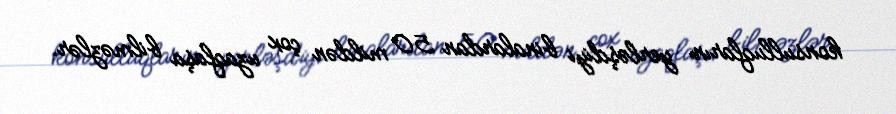
konsulluqların yerləşdiyi binalardan 50 mildən çox uzaqlaşa bilməzlər.